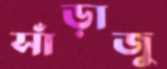
সাঁড়াজু